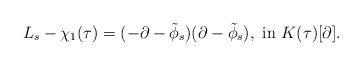
LaTeX: \begin{align*} L_s-\chi_1(\tau)=(-\partial-\tilde{\phi}_s)(\partial-\tilde{\phi}_s),\mbox{ in } K(\tau)[\partial].\end{align*}